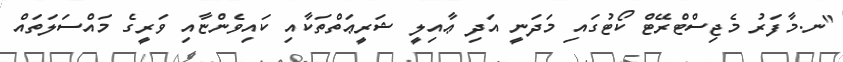
"ނ.މާފަރު މެޖިސްޓްރޭޓް ކޯޓުގައި މަދަނީ އަދި ޢާއިލީ ޝަރީޢަތްތަކާއި ކައިވެންޏާއި ވަރީގެ މައްސަލަތައް